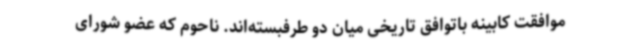
موافقت کابینه باتوافق تاریخی میان دو طرفبسته‌اند. ناحوم که عضو شورای